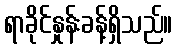
ရာခိုင်နှုန်းခန့်ရှိသည်။